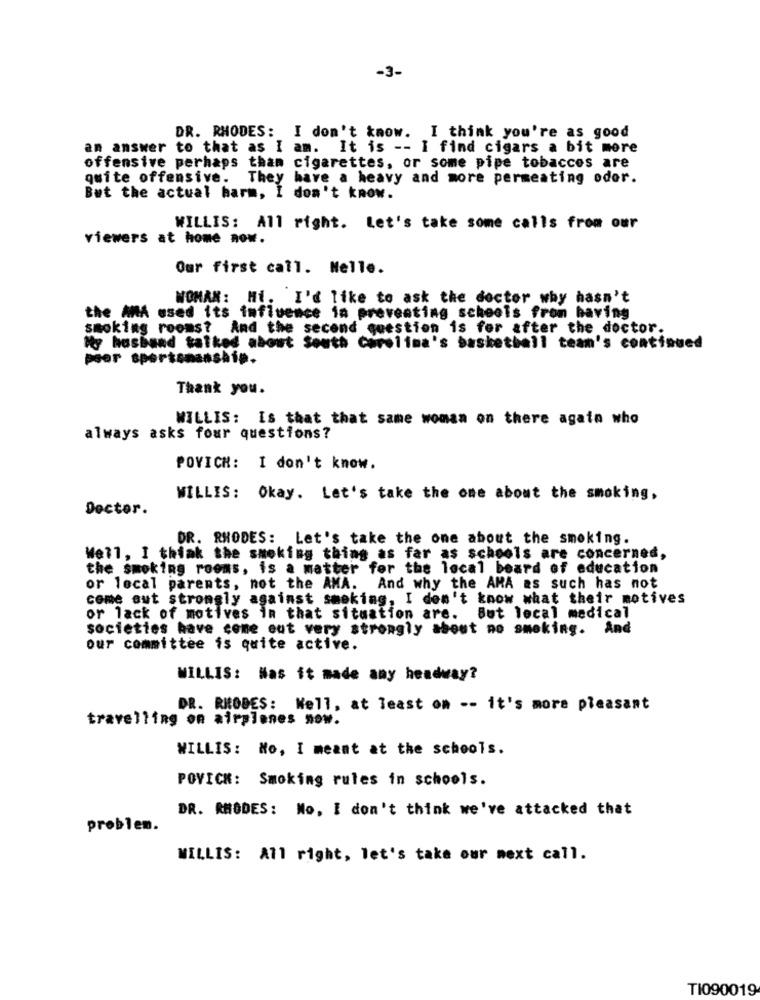
-3-
DR. RHODES: I don't know. I think you're as good
an answer to that as I am. It is -- I find cigars a bit more
offensive perhaps than cigarettes, or some pipe tobaccos are
quite offensive.
They have a heavy and more permeating oder.
But the actual harm, I don't know.
WILLIS: All right. Let's take some calls from our
viewers at home now.
Our first call. Nelle.
WOMAN: Hi. I'd like to ask the doctor why hasn't
the AMA used its influence in preventing schools from having
smoking rooms? And the second question is for after the doctor.
My husband talked about South Carolina's basketball team's continued
poor sportsmanship.
Thank you.
WILLIS: Is that that same woman on there again who
always asks four questions?
POVICH: I don't know.
WILLIS: Okay. Let's take the one about the smoking,
Doctor.
DR. RHODES: Let's take the one about the smoking.
Well, I think the smoking thing as far as schools are concerned,
the smoking rooms, is a matter for the local board of education
or local parents, not the AMA. And why the AMA as such has not
come out strongly against smoking, I don't know what their motives
or lack of motives in that situation are. But local medical
societies have come out very strongly about no smoking. And
our committee is quite active.
WILLIS: Mas it made any headway?
DR. RHODES: Nell, at least om -- it's more pleasant
travelling on airplanes now.
WILLIS: No, I meant at the schools.
POVICH: Smoking rules in schools.
DR. RHODES: Mo, I don't think we've attacked that
problem.
WILLIS: All right, let's take our next call.
TI090019